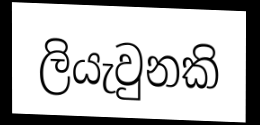
ලියැවුනකි